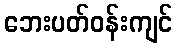
ဘေးပတ်ဝန်းကျင်